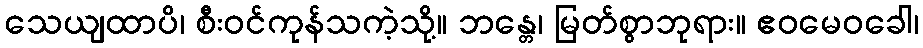
သေယျထာပိ၊ စီးဝင်ကုန်သကဲ့သို့။ ဘန္တေ၊ မြတ်စွာဘုရား။ ဧဝမေဝခေါ၊